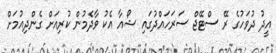
އީދު ދުވަހުގެ ރޭ ސްޓޭޖް ސަރަހައްދުގައި ޝޯއާ އެކު ވާދެމުން ކުރިއަށް ގެންދިއުމަށް